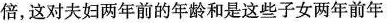
倍，这对夫妇两年前的年龄和是这些子女两年前年